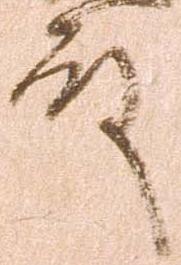
殿